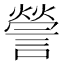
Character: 謍